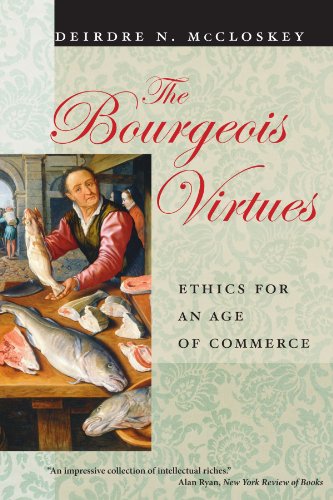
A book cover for The Bourgeois Virtues: Ethics for an Age of Commerce; Deirdre N. McCloskey; Business & Money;